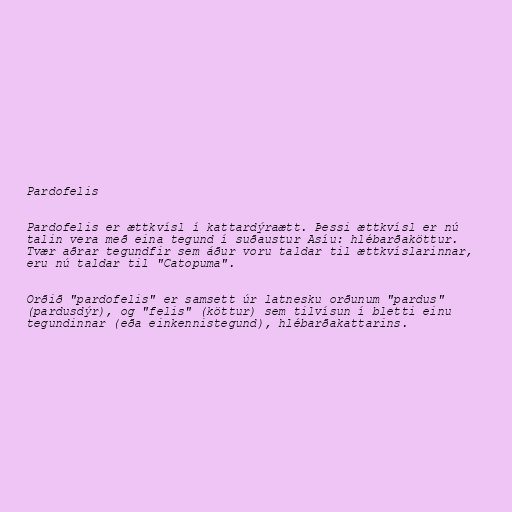
Pardofelis

Pardofelis er ættkvísl í kattardýraætt. Þessi ættkvísl er nú
talin vera með eina tegund í suðaustur Asíu: hlébarðaköttur.
Tvær aðrar tegundfir sem áður voru taldar til ættkvíslarinnar,
eru nú taldar til "Catopuma".

Orðið "pardofelis" er samsett úr latnesku orðunum "pardus"
(pardusdýr), og "felis" (köttur) sem tilvísun í bletti einu
tegundinnar (eða einkennistegund), hlébarðakattarins.